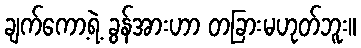
ချက်ကော့ရဲ့ ခွန်အားဟာ တခြားမဟုတ်ဘူး။